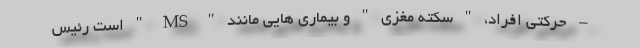
– حرکتی افراد، " سکته مغزی " و بیماری هایی مانند " MS " است رئیس